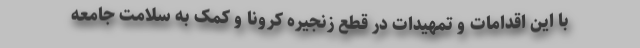
با این اقدامات و تمهیدات در قطع زنجیره کرونا و کمک به سلامت جامعه